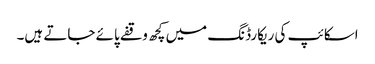
اسکائپ کی ریکارڈنگ میں کچھ وقفے پائے جاتے ہیں۔